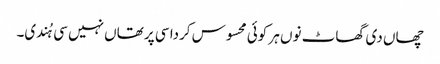
چھاں دی گھاٹ نوں ہر کوئی محسوس کردا سی پر تھاں نہیں سی ہُندی۔